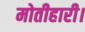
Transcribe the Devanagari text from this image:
मोतीहारी।